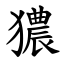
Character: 㺜